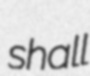
shall